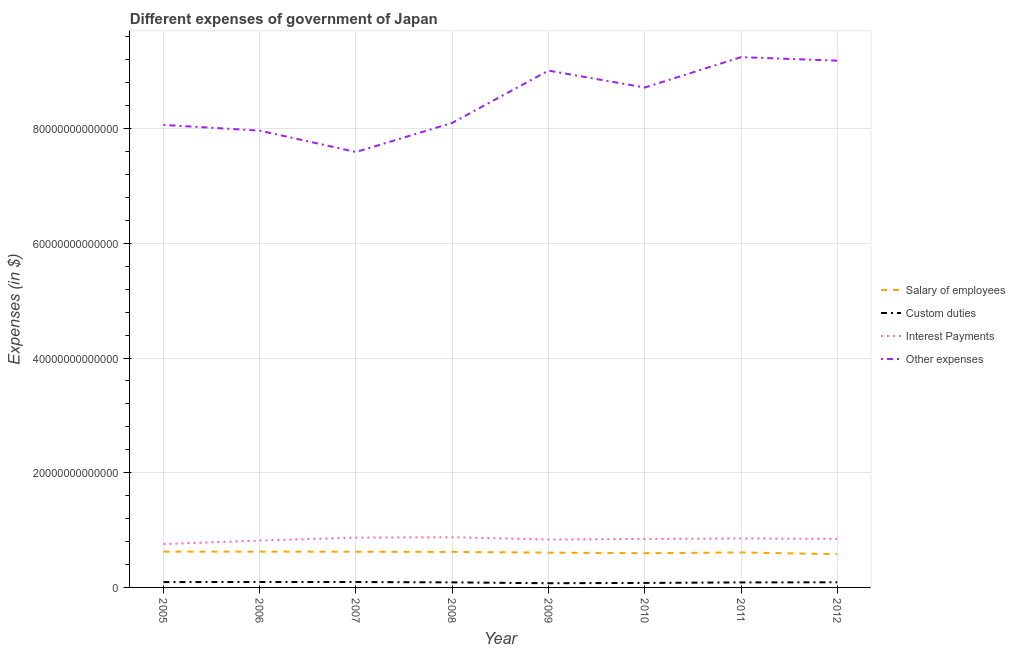
| Year | Salary of employees | Custom duties | Interest Payments | Other expenses |
 | --- | --- | --- | --- | --- |
 | 2005 | 6.24e+12 | 9.3e+11 | 7.56e+12 | 8.07e+13 |
 | 2006 | 6.24e+12 | 9.47e+11 | 8.18e+12 | 7.97e+13 |
 | 2007 | 6.23e+12 | 9.41e+11 | 8.68e+12 | 7.59e+13 |
 | 2008 | 6.19e+12 | 8.83e+11 | 8.75e+12 | 8.1e+13 |
 | 2009 | 6.06e+12 | 7.32e+11 | 8.35e+12 | 9.01e+13 |
 | 2010 | 5.97e+12 | 7.86e+11 | 8.45e+12 | 8.72e+13 |
 | 2011 | 6.1e+12 | 8.74e+11 | 8.53e+12 | 9.25e+13 |
 | 2012 | 5.8e+12 | 8.97e+11 | 8.47e+12 | 9.19e+13 |